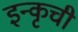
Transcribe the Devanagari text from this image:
इन्कृची